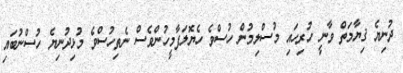
ދުނިޔެ ޤިޔާމަތް ވާނީ ހުރިހައި މުސްލިމުން ހުސްވެ ހެޔޮލަފާމީހުންވެސް ނެތިހުސްވެ މުޅިދުނިޔެ ހުސްނުބައި